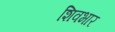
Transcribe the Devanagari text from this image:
शिवभार